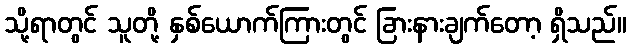
သို့ရာတွင် သူတို့ နှစ်ယောက်ကြားတွင် ခြားနားချက်တော့ ရှိသည်။